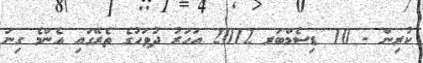
ކުރިން - 10 ޑިސެމްބަރ 2012 އަހަރު ދުވަހުގެ ތެރޭގައި އެންމެ ގިނަ